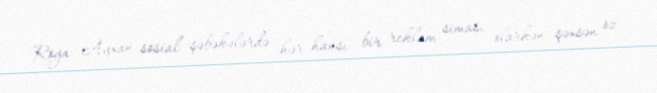
Röya Ayxan sosial şəbəkələrdə hər hansı bir reklam siması olarkən şəxsən öz